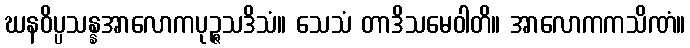
ဃနဝိပ္ပသန္နအာလောကပုဉ္ဇသဒိသံ။ သေသံ တာဒိသမေဝါတိ။ အာလောကကသိဏံ။